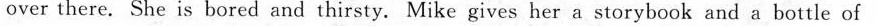
over there. She is bored and thirsty. Mike gives her a storybook and a bottle of